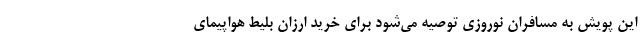
این پویش به مسافران نوروزی توصیه می‌شود برای خرید ارزان بلیط هواپیمای